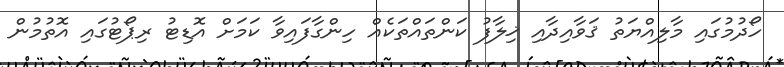
ހޯދުމުގައި މާލިއްޔަތު ޤަވާއިދާއި ޚިލާފު ކަންތައްތަކެއް ހިންގާފައިވާ ކަމަށް އޮޑިޓު ރިޕޯޓުގައި އޮތުމުން